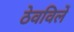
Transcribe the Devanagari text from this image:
ठेवविलें